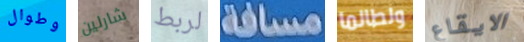
وطوال شارلين لربط مسافة ولطالما الايقاع